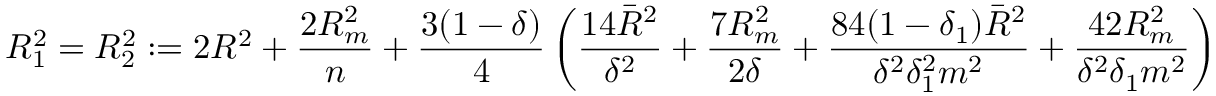
{ \cal R } _ { 1 } ^ { 2 } = { \cal R } _ { 2 } ^ { 2 } \; { : = } \; 2 R ^ { 2 } + \frac { 2 R _ { m } ^ { 2 } } { n } + \frac { 3 ( 1 - \delta ) } { 4 } \left( \frac { 1 4 { \bar { R } } ^ { 2 } } { \delta ^ { 2 } } + \frac { 7 R _ { m } ^ { 2 } } { 2 \delta } + \frac { 8 4 ( 1 - \delta _ { 1 } ) { \bar { R } } ^ { 2 } } { \delta ^ { 2 } \delta _ { 1 } ^ { 2 } m ^ { 2 } } + \frac { 4 2 R _ { m } ^ { 2 } } { \delta ^ { 2 } \delta _ { 1 } m ^ { 2 } } \right)